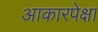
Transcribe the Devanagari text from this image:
आकारपेक्षा